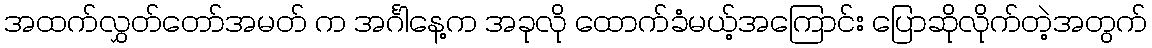
အထက်လွှတ်တော်အမတ် က အင်္ဂါနေ့က အခုလို ထောက်ခံမယ့်အကြောင်း ပြောဆိုလိုက်တဲ့အတွက်